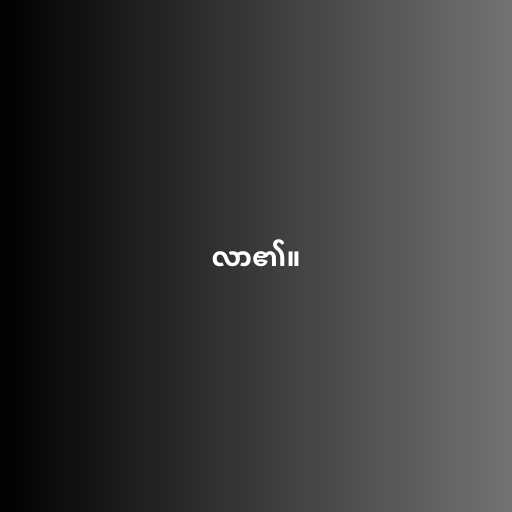
လာ၏။